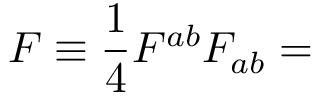
F \equiv \frac { 1 } { 4 } F ^ { a b } F _ { a b } =